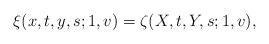
LaTeX: \begin{align*} \xi(x,t,y,s; 1,v) = \zeta(X ,t, Y, s; 1,v), \end{align*}